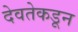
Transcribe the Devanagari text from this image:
देवतेकडून